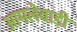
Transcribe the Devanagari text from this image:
आमलेवाडी